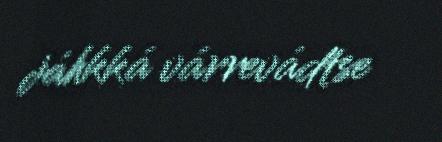
jáhkká várrevádtse